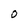
Character: O